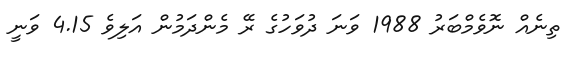
ތިނެއް ނޮވެމްބަރު 1988 ވަނަ ދުވަހުގެ ރޭ މެންދަމުން އަލިވެ 4.15 ވަނީ